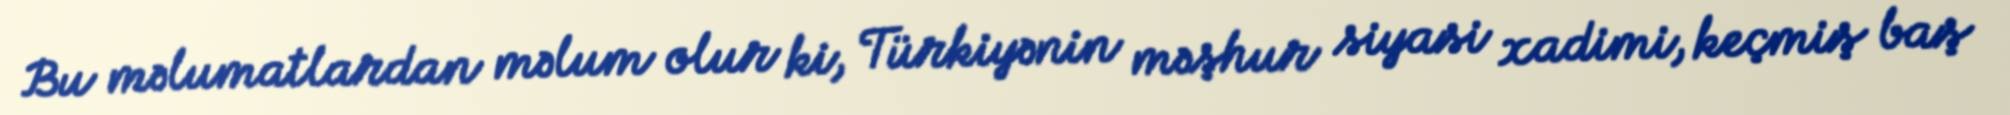
Bu məlumatlardan məlum olur ki, Türkiyənin məşhur siyasi xadimi, keçmiş baş